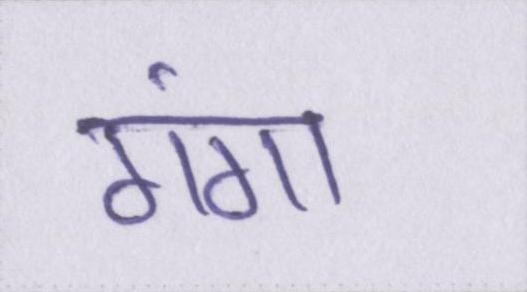
गंगा